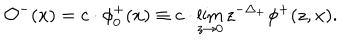
\mathcal { O } ^ { - } ( x ) = c \cdot \phi _ { 0 } ^ { + } ( x ) \equiv c \cdot \lim _ { z \to 0 } z ^ { - \Delta _ { + } } \phi ^ { + } ( z , x ) .